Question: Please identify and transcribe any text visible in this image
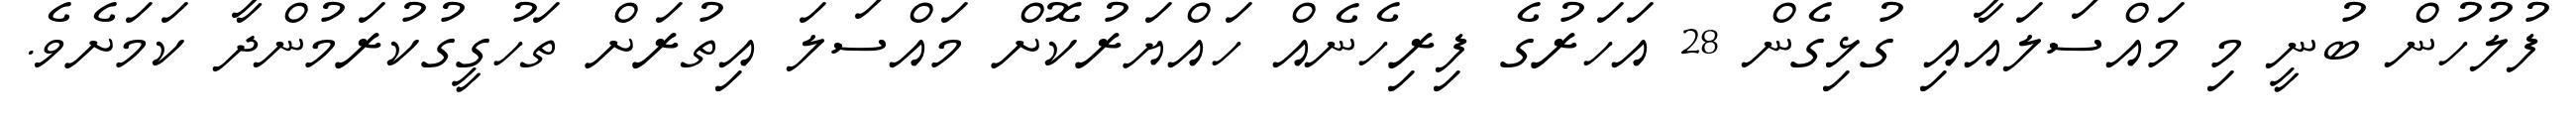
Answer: ފުލުހުން ބުނީ މި މައްސަލައާއި ގުޅިގެން 28 އަހަރުގެ ފިރިހެނެއް ހައްޔަރުކޮށް މައްސަލަ އިތުރަށް ތަހުގީގުކުރަމުންދާ ކަމަށެވެ.